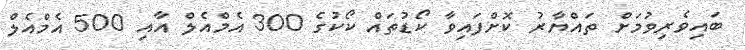
ބައިވެރިވުމަށް ތައްޔާރު ކޮށްފައިވާ ކޯޑުތައް ކޯކުގެ 300 އެމްއެލް އާއި 500 އެމްއެލް